Punjab Mental Hospital Lahore 1922-31 - 1922-1931
Year: 1922
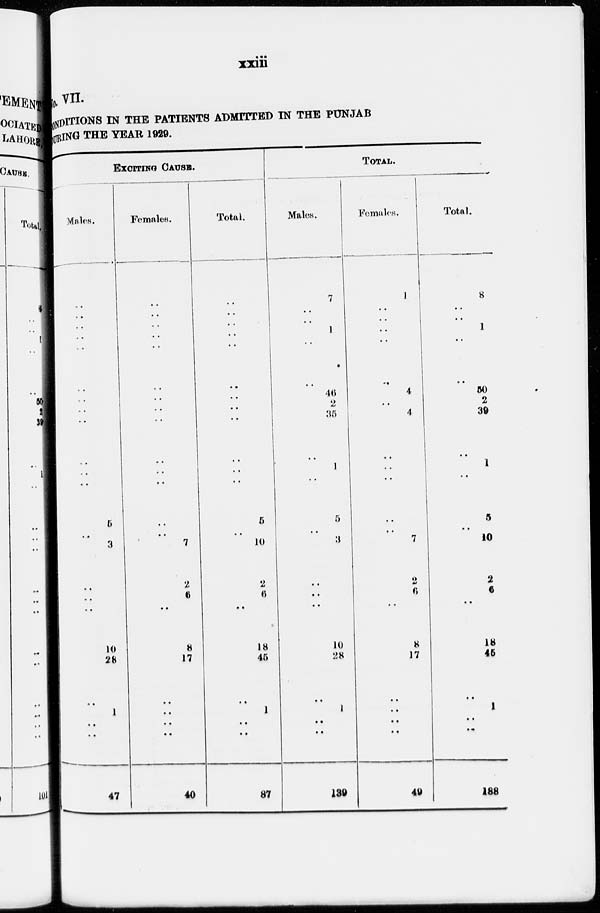
xxiii
No. VII.
CONDITIONS IN THE PATIENTS ADMITTED IN THE PUNJAB
DURING THE YEAR 1929.
EXCTTING CAUSE.
Males.
..
..
..
..
..
..
..
..
..
..
..
..
5
..
3
..
..
..
10
28
..
1
..
..
47
Females.
..
..
..
..
..
..
..
..
..
..
..
..
..
..
7
2
6
..
8
17
..
..
..
..
40
Total.
..
..
..
..
..
..
..
..
..
..
..
..
5
..
10
2
6
..
18
45
..
1
..
..
87
TOTAL.
Males.
7
..
..
1
..
..
46
2
35
..
1
..
5
..
3
..
..
..
10
28
..
1
..
..
139
Females.
1
..
..
..
..
..
4
..
4
..
..
..
..
..
7
2
6
..
8
17
..
..
..
..
49
Total.
8
..
..
1
..
..
50
2
39
..
1
..
5
..
10
2
6
..
18
45
..
1
..
..
188